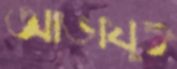
আভাযুক্ত